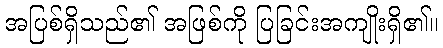
အပြစ်ရှိသည်၏ အဖြစ်ကို ပြခြင်းအကျိုးရှိ၏။